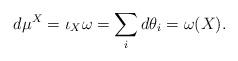
LaTeX: \begin{align*}d\mu^X =\iota_X\omega = \sum_i d\theta_i = \omega(X). \end{align*}